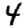
Digit: 4